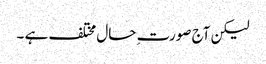
لیکن آج صورت ِحال مختلف ہے ۔